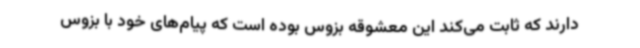
دارند که ثابت می‌کند این معشوقه بزوس بوده است که پیام‌های خود با بزوس